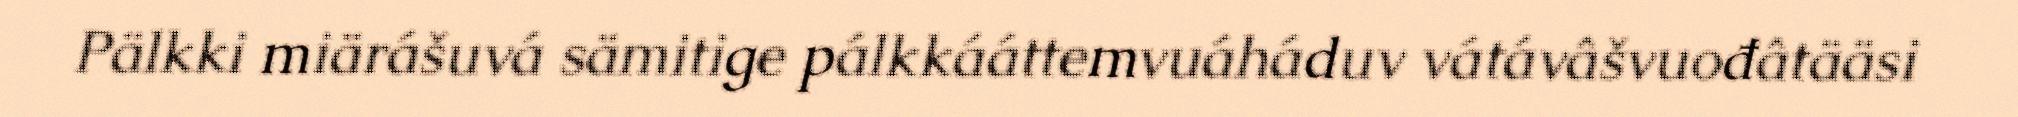
Pälkki miärášuvá sämitige pálkkááttemvuáháduv vátávâšvuođâtääsi